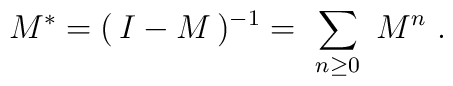
M^* = (\, I - M \, )^{-1} = \ \sum_{n\geq 0} \ M^n \ .